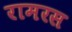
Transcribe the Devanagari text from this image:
रामरस